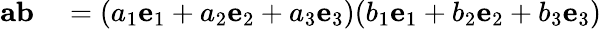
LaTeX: \begin{array}{rl}{\mathbf{ab}}&{{}=(a_{1}\mathbf{e}_{1}+a_{2}\mathbf{e}_{2}+a_{3}\mathbf{e}_{3})(b_{1}\mathbf{e}_{1}+b_{2}\mathbf{e}_{2}+b_{3}\mathbf{e}_{3})}\end{array}